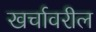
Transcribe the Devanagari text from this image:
खर्चावरील